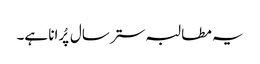
یہ مطالبہ ستر سال پُرانا ہے۔